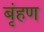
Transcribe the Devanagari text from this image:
बृंहण